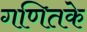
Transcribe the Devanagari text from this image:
गणितके